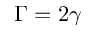
\Gamma = 2 \gamma